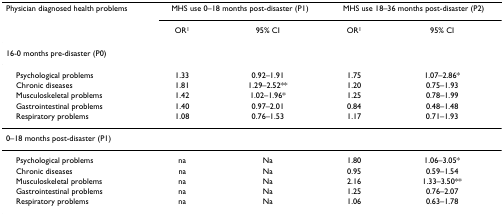
<table><thead><tr><td><b>Physician diagnosed health problems</b></td><td colspan="2"><b>MHS use 0–18 months post-disaster (P1)</b></td><td colspan="2"><b>MHS use 18–36 months post-disaster (P2)</b></td></tr><tr><td></td><td><b>OR<sup>1</sup></b></td><td><b>95% CI</b></td><td><b>OR<sup>1</sup></b></td><td><b>95% CI</b></td></tr></thead><tbody><tr><td colspan="5">16-0 months pre-disaster (P0)</td></tr><tr><td> Psychological problems</td><td>1.33</td><td>0.92–1.91</td><td>1.75</td><td>1.07–2.86*</td></tr><tr><td> Chronic diseases</td><td>1.81</td><td>1.29–2.52**</td><td>1.20</td><td>0.75–1.93</td></tr><tr><td> Musculoskeletal problems</td><td>1.42</td><td>1.02–1.96*</td><td>1.25</td><td>0.78–1.99</td></tr><tr><td> Gastrointestinal problems</td><td>1.40</td><td>0.97–2.01</td><td>0.84</td><td>0.48–1.48</td></tr><tr><td> Respiratory problems</td><td>1.08</td><td>0.76–1.53</td><td>1.17</td><td>0.71–1.93</td></tr><tr><td colspan="5">0–18 months post-disaster (P1)</td></tr><tr><td> Psychological problems</td><td>na</td><td>Na</td><td>1.80</td><td>1.06–3.05*</td></tr><tr><td> Chronic diseases</td><td>na</td><td>Na</td><td>0.95</td><td>0.59–1.54</td></tr><tr><td> Musculoskeletal problems</td><td>na</td><td>Na</td><td>2.16</td><td>1.33–3.50**</td></tr><tr><td> Gastrointestinal problems</td><td>na</td><td>Na</td><td>1.25</td><td>0.76–2.07</td></tr><tr><td> Respiratory problems</td><td>na</td><td>Na</td><td>1.06</td><td>0.63–1.78</td></tr></tbody></table>